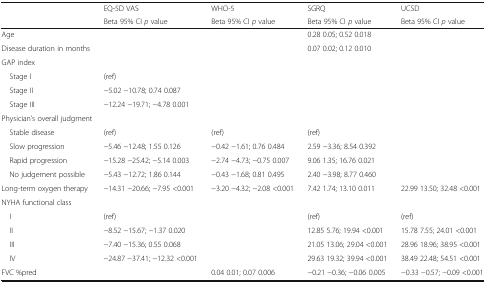
<table><thead><tr><td rowspan="2"></td><td><b>EQ-5D VAS</b></td><td><b>WHO-5</b></td><td><b>SGRQ</b></td><td><b>UCSD</b></td></tr><tr><td><b>Beta 95% CI <i>p</i> value</b></td><td><b>Beta 95% CI <i>p</i> value</b></td><td><b>Beta 95% CI <i>p</i> value</b></td><td><b>Beta 95% CI <i>p</i> value</b></td></tr></thead><tbody><tr><td>Age</td><td></td><td></td><td>0.28 0.05; 0.52 0.018</td><td></td></tr><tr><td>Disease duration in months</td><td></td><td></td><td>0.07 0.02; 0.12 0.010</td><td></td></tr><tr><td colspan="5">GAP index</td></tr><tr><td> Stage I</td><td>(ref)</td><td></td><td></td><td></td></tr><tr><td> Stage II</td><td>−5.02 −10.78; 0.74 0.087</td><td></td><td></td><td></td></tr><tr><td> Stage III</td><td>−12.24 −19.71; −4.78 0.001</td><td></td><td></td><td></td></tr><tr><td colspan="5">Physician’s overall judgment</td></tr><tr><td> Stable disease</td><td>(ref)</td><td>(ref)</td><td>(ref)</td><td></td></tr><tr><td> Slow progression</td><td>−5.46 −12.48; 1.55 0.126</td><td>−0.42 −1.61; 0.76 0.484</td><td>2.59 −3.36; 8.54 0.392</td><td></td></tr><tr><td> Rapid progression</td><td>−15.28 −25.42; −5.14 0.003</td><td>−2.74 −4.73; −0.75 0.007</td><td>9.06 1.35; 16.76 0.021</td><td></td></tr><tr><td> No judgement possible</td><td>−5.43 −12.72; 1.86 0.144</td><td>−0.43 −1.68; 0.81 0.495</td><td>2.40 −3.98; 8.77 0.460</td><td></td></tr><tr><td>Long-term oxygen therapy</td><td>−14.31 −20.66; −7.95 &lt;0.001</td><td>−3.20 −4.32; −2.08 &lt;0.001</td><td>7.42 1.74; 13.10 0.011</td><td>22.99 13.50; 32.48 &lt;0.001</td></tr><tr><td colspan="5">NYHA functional class</td></tr><tr><td> I</td><td>(ref)</td><td></td><td>(ref)</td><td>(ref)</td></tr><tr><td> II</td><td>−8.52 −15.67; −1.37 0.020</td><td></td><td>12.85 5.76; 19.94 &lt;0.001</td><td>15.78 7.55; 24.01 &lt;0.001</td></tr><tr><td> III</td><td>−7.40 −15.36; 0.55 0.068</td><td></td><td>21.05 13.06; 29.04 &lt;0.001</td><td>28.96 18.96; 38.95 &lt;0.001</td></tr><tr><td> IV</td><td>−24.87 −37.41; −12.32 &lt;0.001</td><td></td><td>29.63 19.32; 39.94 &lt;0.001</td><td>38.49 22.48; 54.51 &lt;0.001</td></tr><tr><td>FVC %pred</td><td></td><td>0.04 0.01; 0.07 0.006</td><td>−0.21 −0.36; −0.06 0.005</td><td>−0.33 −0.57; −0.09 &lt;0.001</td></tr></tbody></table>